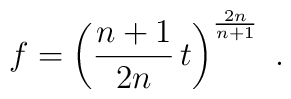
f = \left(\frac{n+1}{2n}\,t\right)^{\frac{2n}{n+1}}\ .